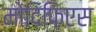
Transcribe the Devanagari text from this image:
मोदिफ़िएस